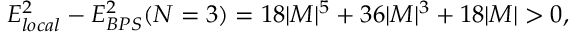
E _ { l o c a l } ^ { 2 } - E _ { B P S } ^ { 2 } ( N = 3 ) = 1 8 | M | ^ { 5 } + 3 6 | M | ^ { 3 } + 1 8 | M | > 0 ,